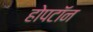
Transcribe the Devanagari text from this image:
होपटॉन